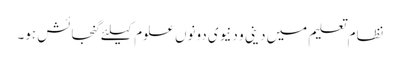
نظام تعلیم میں دینی و دنیوی دونوں علوم کیلئے گنجائش ہو۔